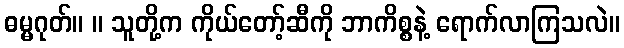
ဓမ္မဂုတ်။ ။ သူတို့က ကိုယ်တော့်ဆီကို ဘာကိစ္စနဲ့ ရောက်လာကြသလဲ။